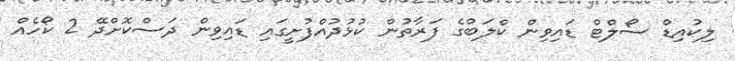
ލިކުއިޑް ސޯލްޓް ޑައިވިން ކްލަބްގެ ފަރާތުން ކުޅުދުއްފުށީގައި ޑައިވިން ދަސްކޮށްދޭ 2 ކޯހެއް